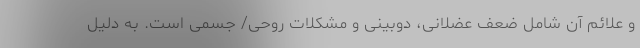
و علائم آن شامل ضعف عضلانی، دوبینی و مشکلات روحی/ جسمی است. به دلیل